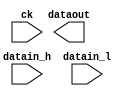

module arria10_altddio_1bit (
	dataout,
	ck,
	datain_h,
	datain_l);	

	output	[0:0]	dataout;
	input		ck;
	input	[0:0]	datain_h;
	input	[0:0]	datain_l;
endmodule